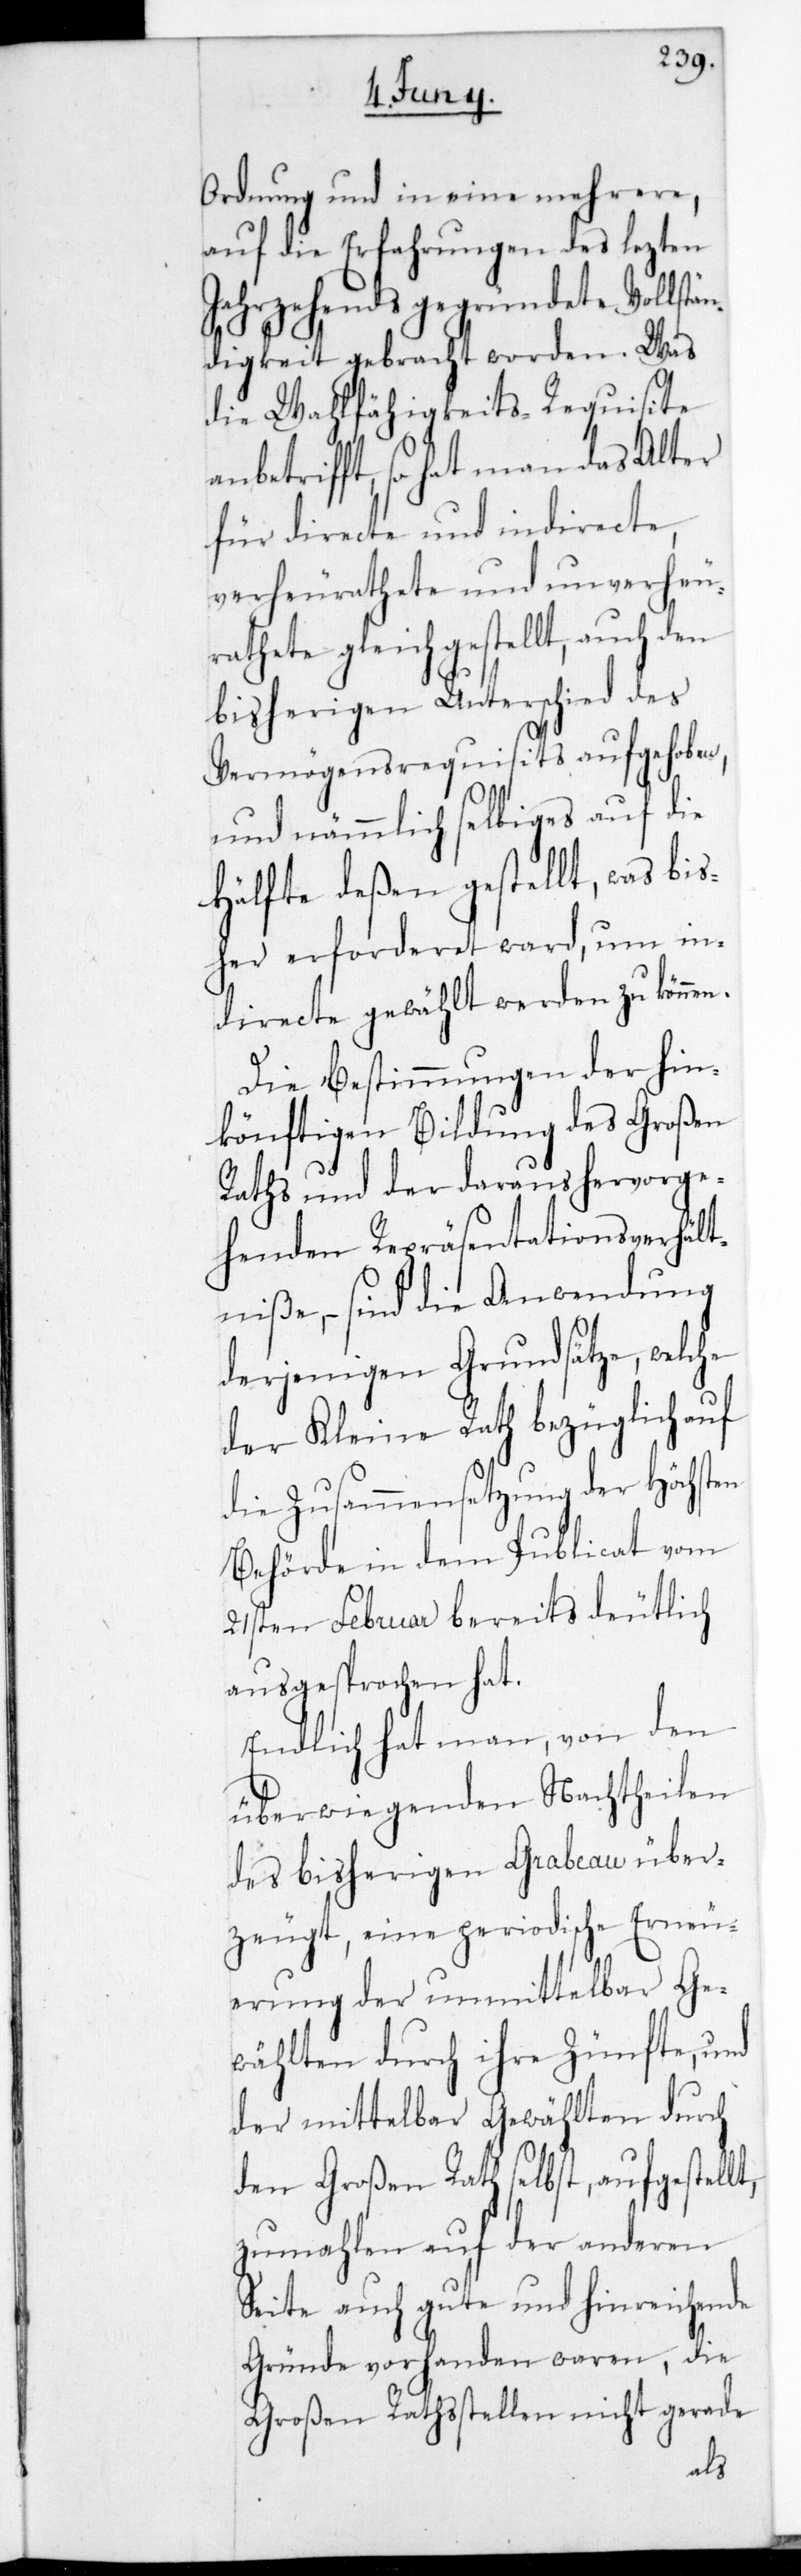
Ordnung und in eine mehrere,
auf die Erfahrungen des letzten
Jahrzehends gegründete Vollstän¬
digkeit gebracht worden. Was
die Wahlfähigkeits-Requisite
anbetrifft, so hat man das Alter
für directe und indirecte,
verheurathete und unverheu¬
rathete gleichgestellt, auch den
bisherigen Unterschied des
Vermögensrequisits aufgehoben,
und nämmlich selbiges auf die
Hälfte deßen gestellt, was bis¬
her erforderet ward, um in¬
directe gewählt werden zu können.
Die Bestimmungen der hin¬
könftigen Bildung des Großen
Raths und der daraus hervorge¬
henden Repräsentations-Verhält¬
niße, – sind die Anwendung
derjenigen Grundsätze, welche
der Kleine Rath bezüglich auf
die Zusammensetzung der Höchsten
Behörde in dem Publicat vom
21sten Februar bereits deutlich
ausgesprochen hat.
Endlich hat man von den
überwiegenden Nachtheilen
des bisherigen Grabeau über¬
zeugt, eine periodische Erneu¬
erung der unmittelbar Ge¬
wählten durch ihre Zünfte, und
der mittelbar Gewählten durch
den Großen Rath selbst, aufgestellt,
zumahlen auf der anderen
Seite auch gute und hinreichende
Gründe vorhanden waren, die
Großen Rathsstellen nicht gerade